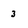
Character: 3